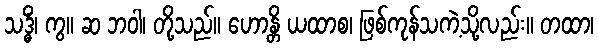
သဒ္ဓိံ၊ ကွ။ ဆ ဘဝါ၊ တို့သည်။ ဟောန္တိ ယထာစ၊ ဖြစ်ကုန်သကဲ့သို့လည်း။ တထာ၊